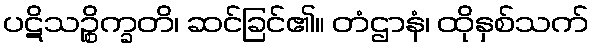
ပဋိသဉ္စိက္ခတိ၊ ဆင်ခြင်၏။ တံဌာနံ၊ ထိုနှစ်သက်